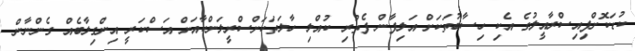
ކުޑަކޮށްފިއިސްރާއީލުގެ އެކި ހިސާބުތަކަށް އަލިފާން ފެތުރި ކުއްލި ހާލަތަކަށްސްރީލަންކާއަށް އަސްކަރީ އިންގިލާބެއް ގެންނާން